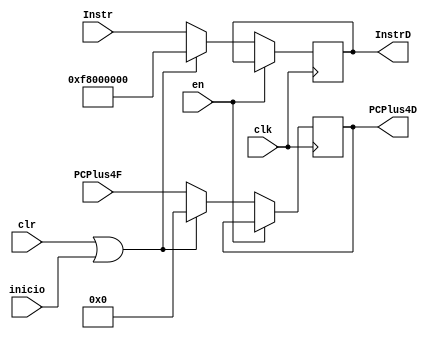
`timescale 1ns / 1ps
//////////////////////////////////////////////////////////////////////////////////
// Company: 
// Engineer: 
// 
// Design Name: 
// Module Name:    Latch_Fin_IF 
// Project Name: 
// Target Devices: 
// Tool versions: 
// Description: 
//
// Dependencies: 
//
// Revision: 
// Revision 0.01 - File Created
// Additional Comments: 
//
//////////////////////////////////////////////////////////////////////////////////
module Latch_Fin_IF(
	input wire [31:0] Instr,
	input wire [8:0] PCPlus4F,
	input wire clk,
	input wire en,
	input wire clr,
	input wire inicio,
	output reg [31:0] InstrD,
	output reg [8:0] PCPlus4D
);

reg espera_clr = 0;
reg reset_clr = 0;
wire reset_clrw;
wire espera_clrw;

always@(negedge clk)
begin
	if(en == 0)
	begin
		if(clr || inicio)
		begin
			PCPlus4D <= 0;
			InstrD <= 32'hF800_0000;
		end
		else
		begin
			PCPlus4D <= PCPlus4F;
			InstrD <= Instr;
		end
	end
end

endmodule